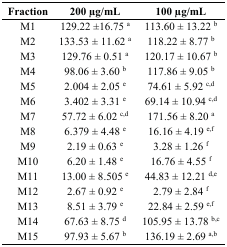
<table><thead><tr><td><b>Fraction</b></td><td><b>200 μg/mL</b></td><td><b>100 μg/mL</b></td></tr></thead><tbody><tr><td>M1</td><td>129.22 ±16.75 <sup>a</sup></td><td>113.60 ± 13.22 <sup>b</sup></td></tr><tr><td>M2</td><td>133.53 ± 11.62 <sup>a</sup></td><td>118.22 ± 8.77 <sup>b</sup></td></tr><tr><td>M3</td><td>129.76 ± 0.51 <sup>a</sup></td><td>120.17 ± 10.67 <sup>b</sup></td></tr><tr><td>M4</td><td>98.06 ± 3.60 <sup>b</sup></td><td>117.86 ± 9.05 <sup>b</sup></td></tr><tr><td>M5</td><td>2.004 ± 2.05 <sup>e</sup></td><td>74.61 ± 5.92 <sup>c,d</sup></td></tr><tr><td>M6</td><td>3.402 ± 3.31 <sup>e</sup></td><td>69.14 ± 10.94 <sup>c,d</sup></td></tr><tr><td>M7</td><td>57.72 ± 6.02 <sup>c,d</sup></td><td>171.56 ± 8.20 <sup>a</sup></td></tr><tr><td>M8</td><td>6.379 ± 4.48 <sup>e</sup></td><td>16.16 ± 4.19 <sup>e,f</sup></td></tr><tr><td>M9</td><td>2.19 ± 0.63 <sup>e</sup></td><td>3.28 ± 1.26 <sup>f</sup></td></tr><tr><td>M10</td><td>6.20 ± 1.48 <sup>e</sup></td><td>16.76 ± 4.55 <sup>f</sup></td></tr><tr><td>M11</td><td>13.00 ± 8.505 <sup>e</sup></td><td>44.83 ± 12.21 <sup>d,e</sup></td></tr><tr><td>M12</td><td>2.67 ± 0.92 <sup>e</sup></td><td>2.79 ± 2.84 <sup>f</sup></td></tr><tr><td>M13</td><td>8.51 ± 3.79 <sup>e</sup></td><td>22.84 ± 2.59 <sup>e,f</sup></td></tr><tr><td>M14</td><td>67.63 ± 8.75 <sup>d</sup></td><td>105.95 ± 13.78 <sup>b,c</sup></td></tr><tr><td>M15</td><td>97.93 ± 5.67 <sup>b</sup></td><td>136.19 ± 2.69 <sup>a,b</sup></td></tr></tbody></table>